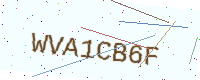
Text: WVA1CB6F